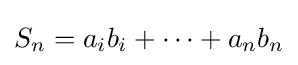
S_{n}=a_{i}b_{i}+\cdots +a_{n}b_{n}